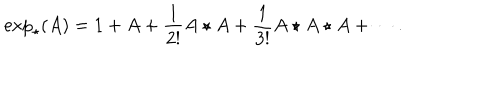
LaTeX: \exp _ { \star } ( A ) = 1 + A + \frac { 1 } { 2 ! } A \star A + \frac { 1 } { 3 ! } A \star A \star A + \cdots .